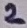
Text: 2